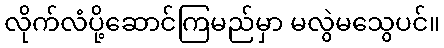
လိုက်လံပို့ဆောင်ကြမည်မှာ မလွဲမသွေပင်။